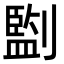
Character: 㔋